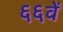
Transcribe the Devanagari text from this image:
६६वें